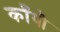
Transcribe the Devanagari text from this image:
काँपौ